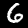
Label: 6